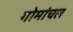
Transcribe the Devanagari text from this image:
गोमांचल